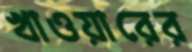
খাওয়ারের